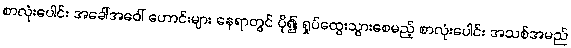
စာလုံးပေါင်း အခေါ်အဝေါ် ဟောင်းများ နေရာတွင် ပို၍ ရှုပ်ထွေးသွားစေမည့် စာလုံးပေါင်း အသစ်အမည်